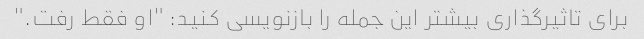
برای تاثیرگذاری بیشتر این جمله را بازنویسی کنید: "او فقط رفت."